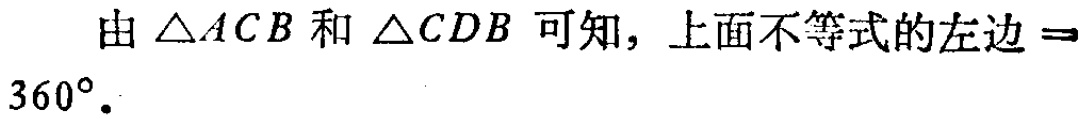
由 \(\triangle ACB\) 和 \(\triangle CDB\) 可知，上面不等式的左边 \(=\) \(360^{\circ}\).